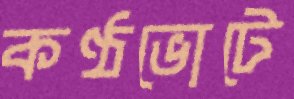
কণ্ঠভোটে